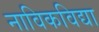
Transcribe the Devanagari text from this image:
नाविकविद्या